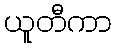
ယူတီကာ